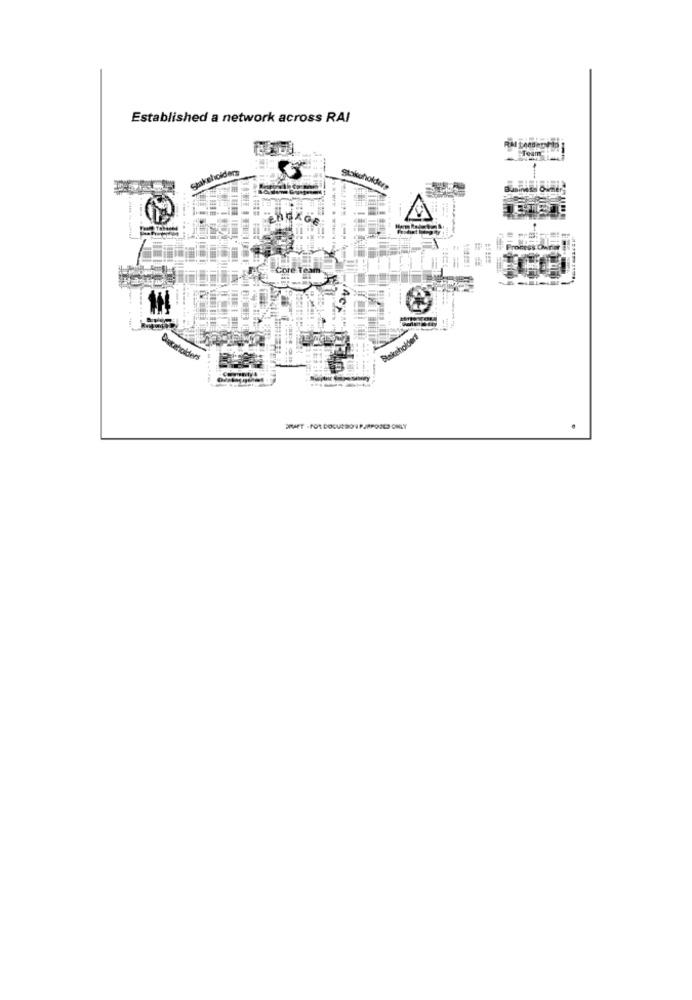
Established a network across RAI
Stakeholders
giskuholdere
Process OM
Core TO
skeholde
skaholders
ERAET - FOR DOLUCRO 1 PJAPODES ONLY